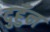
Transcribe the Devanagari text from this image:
दुहुँन